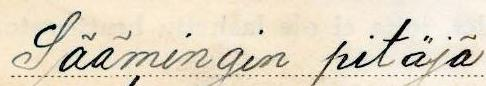
Säämingin pitäjä